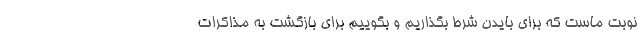
نوبت ماست که برای بایدن شرط بگذاریم و بگوییم برای بازگشت به مذاکرات